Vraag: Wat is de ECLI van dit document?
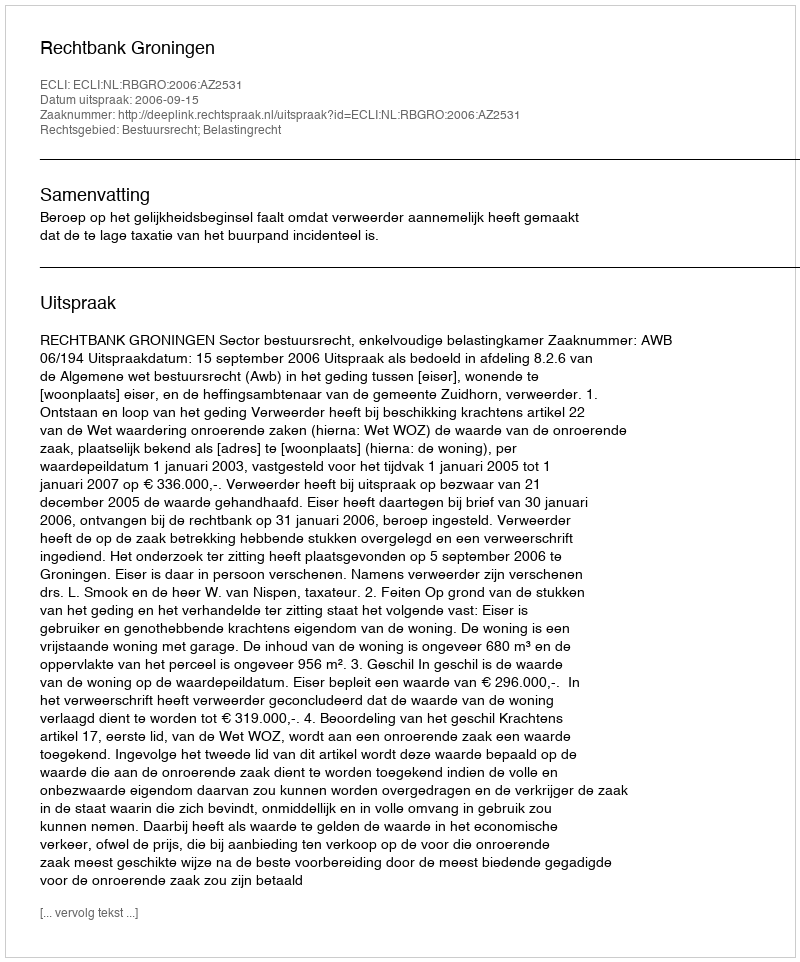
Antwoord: ECLI:NL:RBGRO:2006:AZ2531